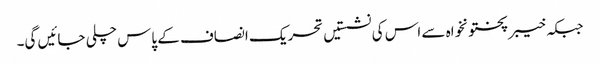
جبکہ خیبر پختونخواہ سے اس کی نشستیں تحریک انصاف کے پاس چلی جائیں گی۔